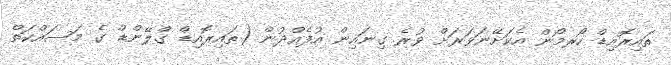
ތައިރޮއިޑް ހޯރމޯން އެކަށޭނަވަރަށް ވުރެ ގިނައިން އުފެއްދުން (ތައިރޮއިޑް ގްލޭންޑް ގެ މަސައްކަތް